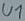
Text: U1